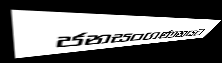
ජනසංගණනයට